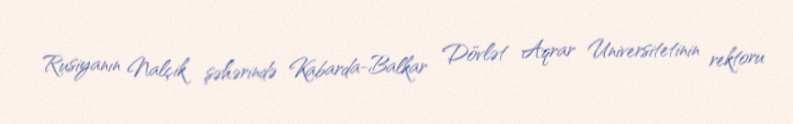
Rusiyanın Nalçik şəhərində Kabarda-Balkar Dövlət Aqrar Universitetinin rektoru